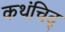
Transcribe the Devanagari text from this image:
कथंचिद्